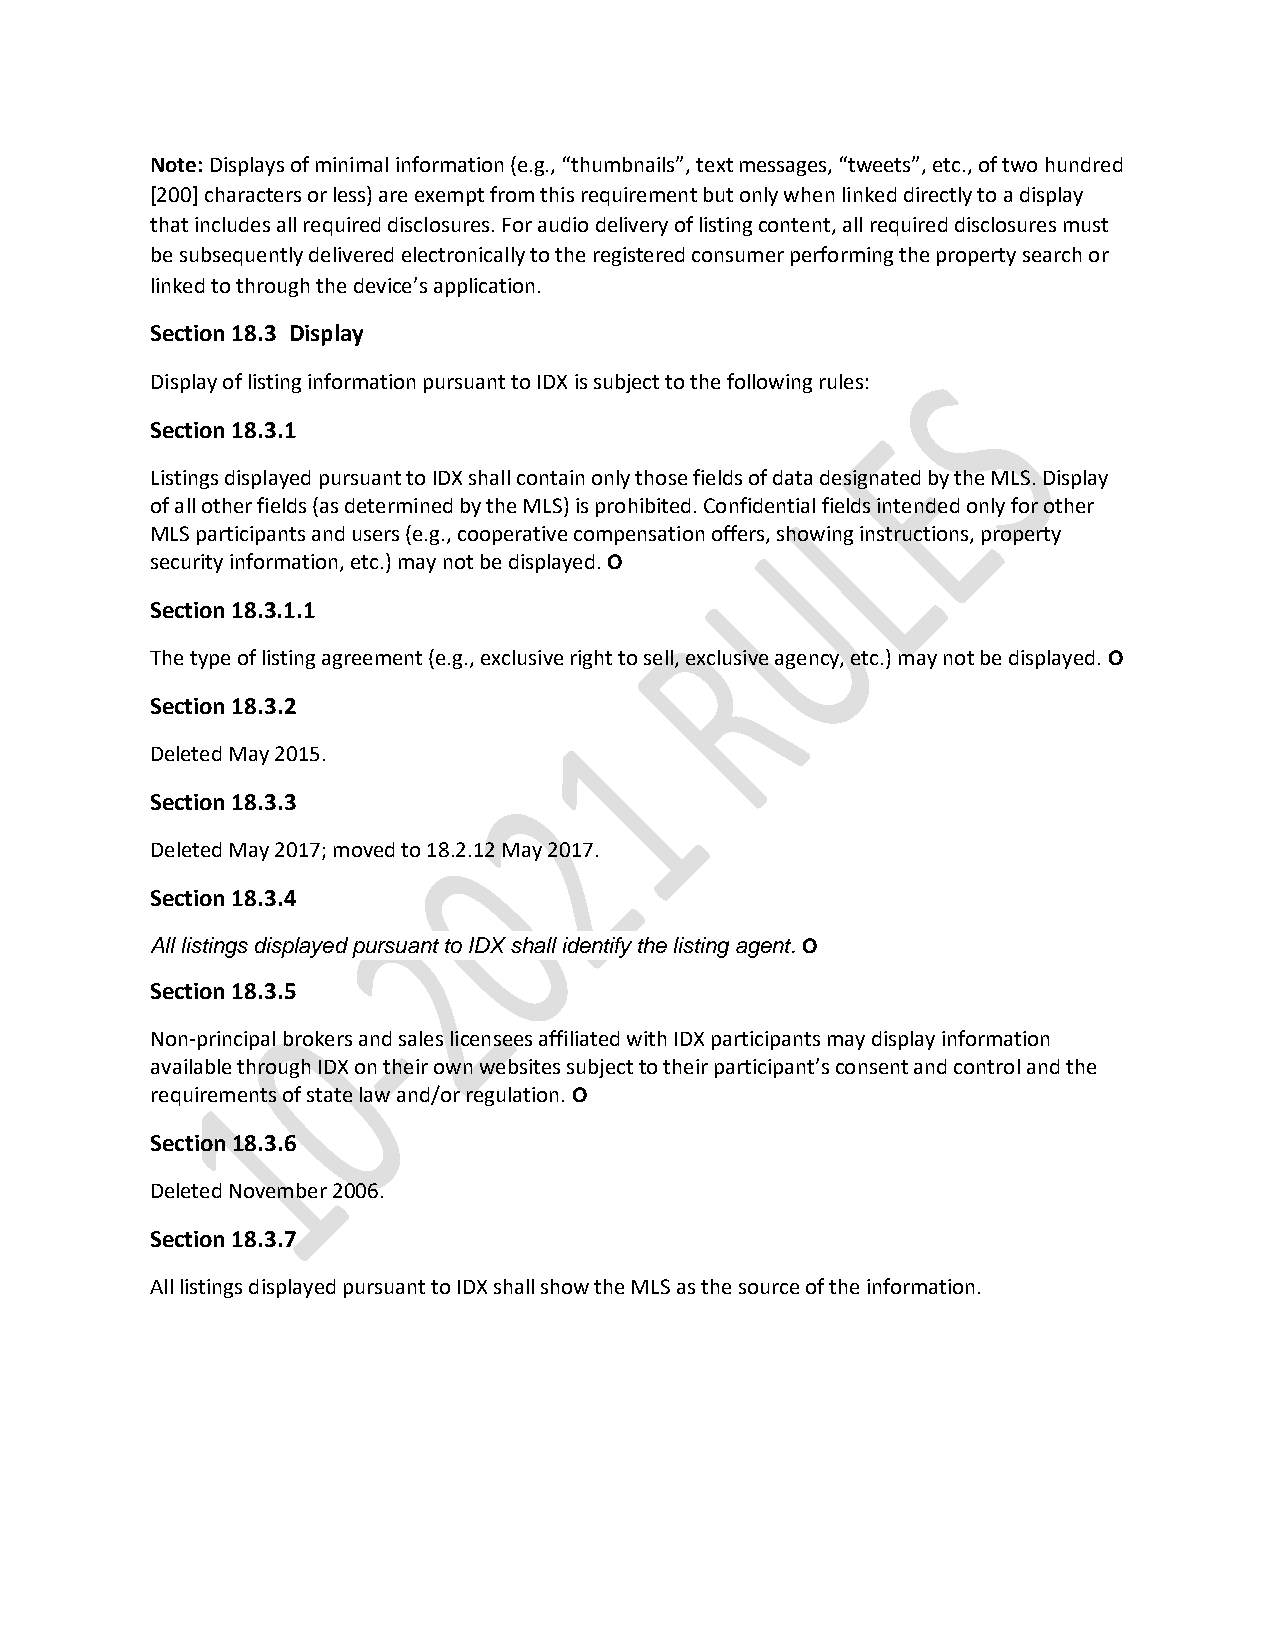
Note: Displays of minimal information (e.g., “thumbnails”, text messages, “tweets”, etc., of two hundred
 [200] characters or less) are exempt from this requirement but only when linked directly to a display
 that includes all required disclosures. For audio delivery of listing content, all required disclosures must
 be subsequently delivered electronically to the registered consumer performing the property search or
 linked to through the device’s application.
 Section 18.3 Display
 Display of listing information pursuant to IDX is subject to the following rules:
 Section 18.3.1
 Listings displayed pursuant to IDX shall contain only those fields of data designated by the MLS. Display
 of all other fields (as determined by the MLS) is prohibited. Confidential fields intended only for other
 MLS participants and users (e.g., cooperative compensation offers, showing instructions, property
 security information, etc.) may not be displayed. O
 Section 18.3.1.1
 The type of listing agreement (e.g., exclusive right to sell, exclusive agency, etc.) may not be displayed. O
 Section 18.3.2
 Deleted May 2015.
 Section 18.3.3
 Deleted May 2017; moved to 18.2.12 May 2017.
 Section 18.3.4
 All listings displayed pursuant to IDX shall identify the listing agent. O
 Section 18.3.5
 Non-principal brokers and sales licensees affiliated with IDX participants may display information
 available through IDX on their own websites subject to their participant’s consent and control and the
 requirements of state law and/or regulation. O
 Section 18.3.6
 Deleted November 2006.
 Section 18.3.7
 All listings displayed pursuant to IDX shall show the MLS as the source of the information.